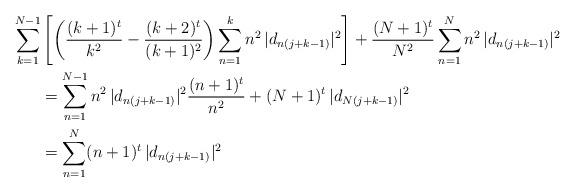
LaTeX: \begin{align*} \sum_{k=1}^{N-1} & \left[ \left(\frac{(k+1)^t}{k^2} - \frac{(k+2)^t}{(k+1)^2} \right) \sum_{n=1}^k n^2 \, |d_{n(j+k-1)}|^2 \right] + \frac{(N+1)^t}{N^2} \sum_{n=1}^N n^2 \, |d_{n(j+k-1)}|^2 \\ & =\sum_{n=1}^{N-1} n^2 \, |d_{n(j+k-1)}|^2 \frac{(n+1)^t}{n^2} + (N+1)^t\,|d_{N(j+k-1)}|^2 \\ & = \sum_{n=1}^{N} (n+1)^t \, |d_{n(j+k-1)}|^2 \end{align*}